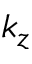
k _ { z }